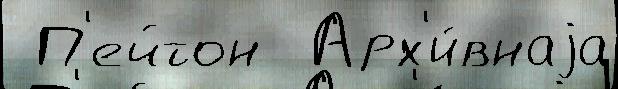
 П'ейтон  Арх'и́внаjа